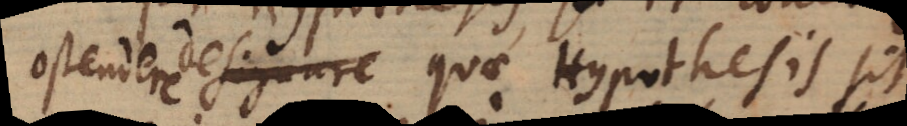
ostendere designare quae Hypothesis sit